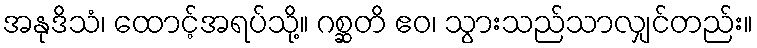
အနုဒိသံ၊ ထောင့်အရပ်သို့။ ဂစ္ဆတိ ဧဝ၊ သွားသည်သာလျှင်တည်း။